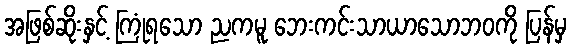
အဖြစ်ဆိုးနှင့် ကြုံရသော ညကမူ ဘေးကင်းသာယာသောဘဝကို ပြန်မှ